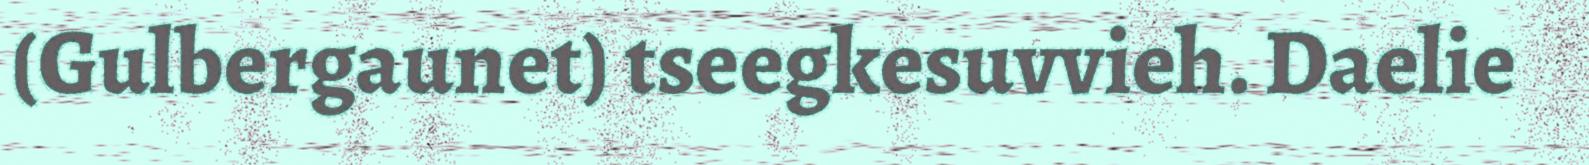
(Gulbergaunet) tseegkesuvvieh. Daelie